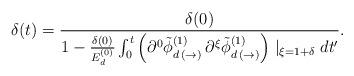
LaTeX: \begin{align*}\delta (t) = \frac{\delta (0)}{1 - \frac{\delta (0)}{E^{(0)}_{d}} \int_{0}^{t}\left( \partial^{0} \tilde{\phi}^{(1)}_{d \, (\rightarrow)}\, \partial^{\xi} \tilde{\phi}^{(1)}_{d \, (\rightarrow)} \right) \mid_{\xi = 1 + \delta}dt' }. \end{align*}